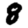
Digit: 8